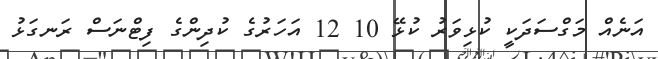
އަނެއް މަގްސަދަކީ ކުޅިވަރު ކުޅޭ 10 12 އަަހަރުގެ ކުދިންގެ ފިޓްނަސް ރަނގަޅު